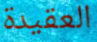
العقيدة